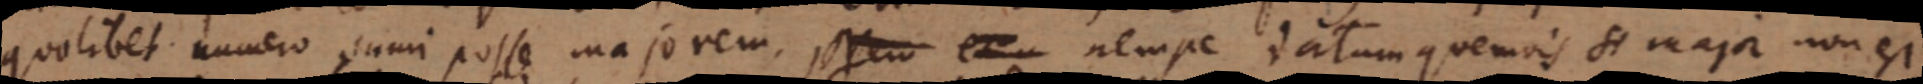
quolibet numero sumi posse majorem. Vero et nempe datum quemvis si major non est